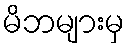
မိဘများမှ